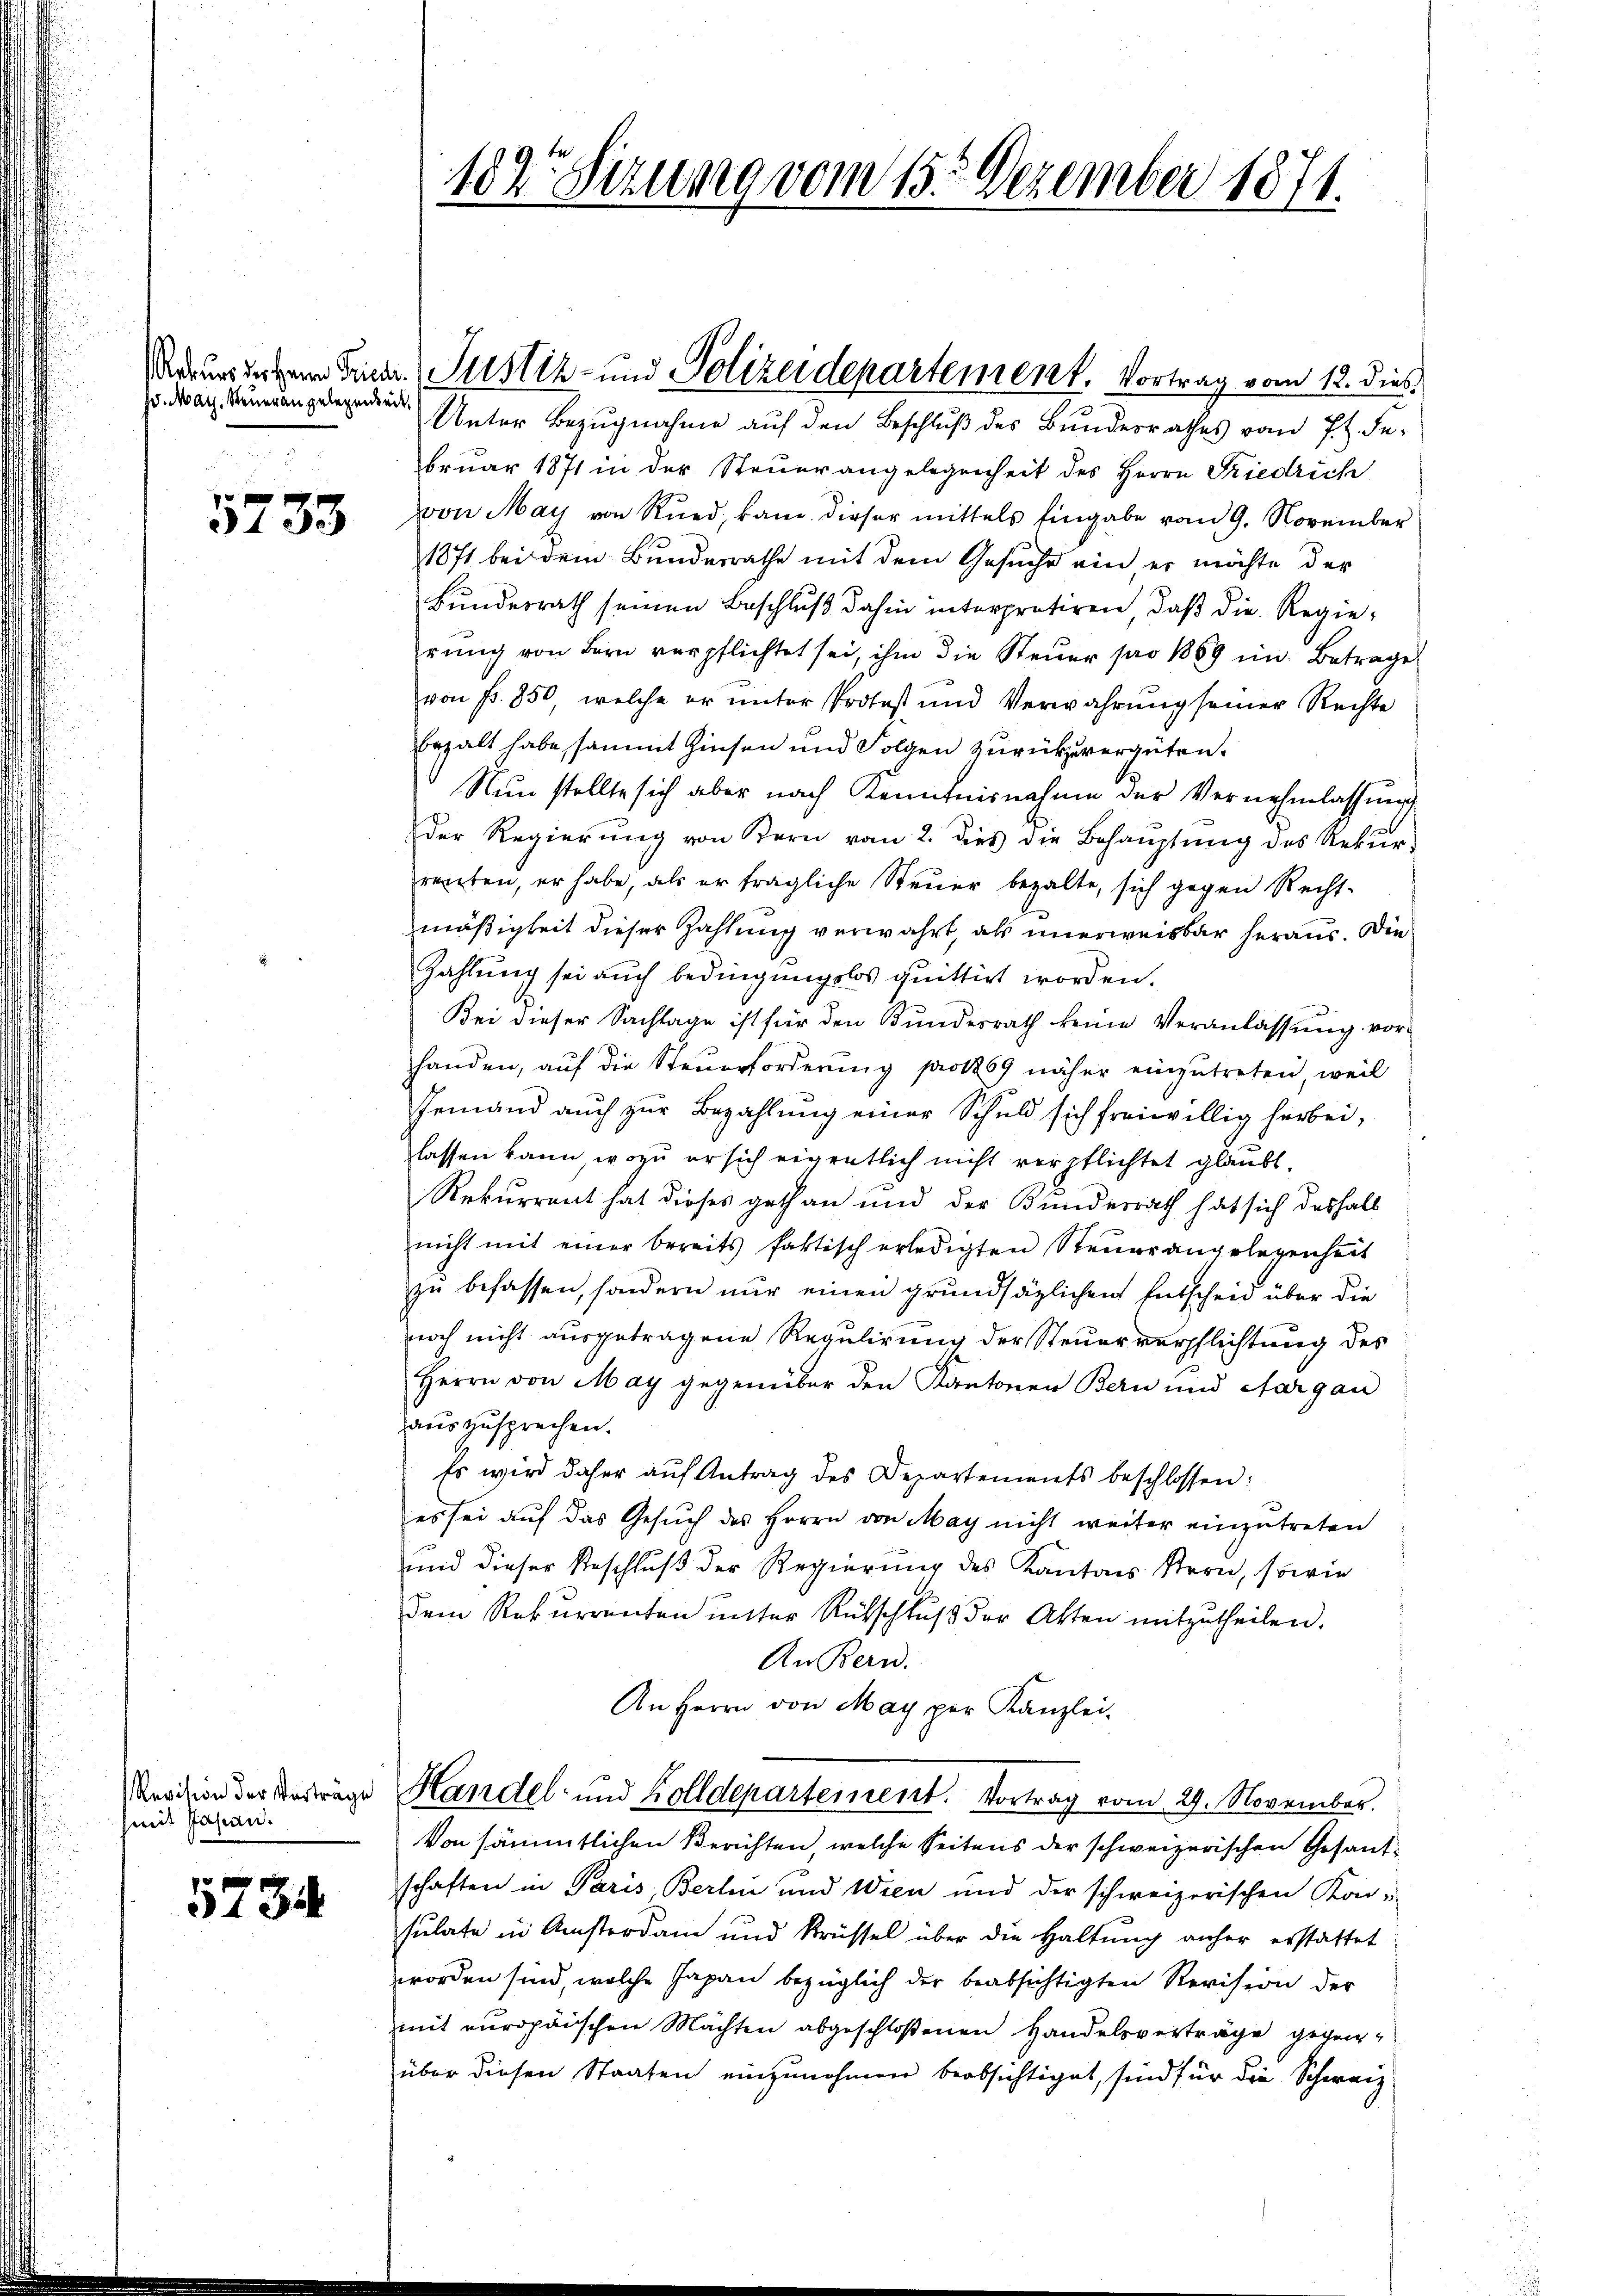
Ju. Mar. Steuerangelegenheit

5733

Revision der Vortrage
mit Jahren.

5234

182 Sizung vom 15. Dezember 1871.

Unter Bezugnahme auf den Beschluß des Bundesrathes vom 7 t. Februar 1871 in der Steuerangelegenheit des Herrn Friedrich
von May von Ried, kam dieser mittels Eingabe vom 9. November
1871 bei dem Bundesrathe mit dem Gesuche ein, er möchte der
Bundesrath seinen Beschluß dahin interpretiren, daß die Regierŭng von Bern verpflichtet sei, ihm die Steŭer pro 1869 im Betrage
von Fr. 850, welche er unter Protest und Verwahrung seiner Rechte
bezalt habe, sammt Zinsen und Folgen zurückzuvergüten.
Nun stellte sich aber nach Kenntnisnahme der Vernehmlassŭng
Der Regierung von Kern vom 2. dies die Behauptung des Rekur-
reiten, er habe, als er fragliche Steŭer bezalte, sich gegen Recht-
mäßigkeit dieser Zahlung verwahrt, als unerweisbar heraus. Die
Zahlung sei auch bedingungslos quittirt worden.
Bei dieser Sachlage ist für den Bundesrath keine Veranlassung vorhanden, auf die Steuerforderung pro 1869 näher einzutreten, weil
Jemand auch zur Bezahlung einer Schuld sich freiwillig herbei,
lassen kann, wozu ersich eigentlich nicht verpflichtet glaubt.
Rekurrent hat dieses gethan und der Bundesrath hat sich deshalb
nicht mit einer bereits faktisch erledigten Steuerangelegenheit
zŭ befassen, sondern nur einen grundsätzlichen Entscheid über die
noch nicht ausgetragene Regulirung der Steuerverpflichtung des
Herrn von May gegenüber den Kantonen Bern und Aargau
auszusprechen.
Es wird daher aŭf Antrag des Departements beschlossen:
es sei auf das Gesuch des Herrn von May nicht weiter einzutreten
und dieser Beschluß der Regierung des Kantons Stern, sowie
dem Rekurrenten unter Rutschluß der Akten mitzutheilen.
An Bern.
An Herrn von May per Kanzlei.
Handel- und Zolldepartement. Vortrag vom 29. November.
Von sämmtlichen Berichten, welche Seitens der schweizerischen Gesandschaften in Paris, Berlin und Wien und der schweizerischen Kon-
sulate in Amsterdam und Krüssel über die Haltung anher erstattet
worden sind, welche Japan bezüglich der beabsichtigten Revision der
mit europäischen Mächten abgeschloßenen Handelsverträge gegenüber diesen Staaten einzunehmen beabsichtiget, sind für die Schweiz

ekurs ungen Frieder Justiz- und Polizeidepartement. Vortrag vom 12. dies